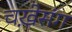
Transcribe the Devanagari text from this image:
चख़ेसंग